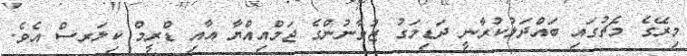
މިރޭގެ މެޗުގައި ބައްދަލުކުރާނީ ދަޑިމަގު ޒުވާނުންގެ ޖަމްއިއްޔާ އާއި ޑްރީމް ކިލަރސް އެވެ.